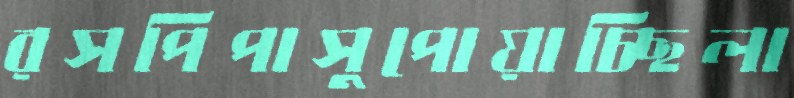
রসপিপাসুপোয়াচ্ছিলা